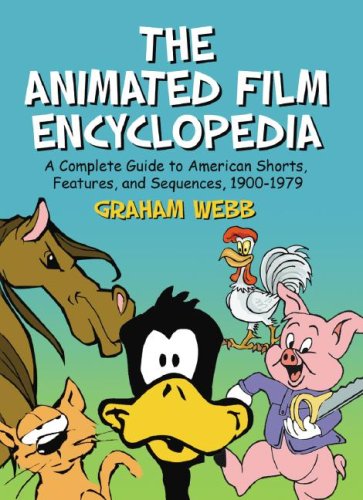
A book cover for Animated Film Encyclopedia: A Complete Guide to American Shorts, Features, And Sequences, 1900-1979; Graham Webb (Author); Humor & Entertainment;